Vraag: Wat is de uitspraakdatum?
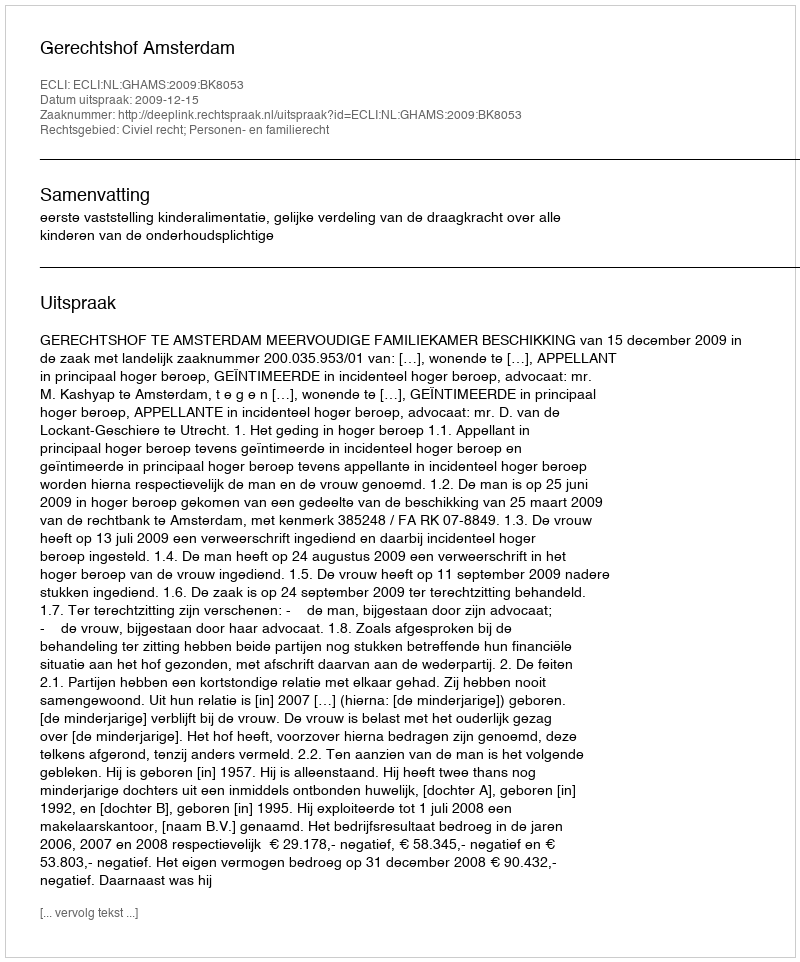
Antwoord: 2009-12-15